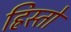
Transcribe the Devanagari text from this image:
ह्रिस्तो